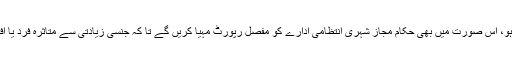
مینوئل میں بیان کیا گیا، ” کسی ایسے معاملے میں جہاں واضح قانونی ذمہ داری عائد نہ ہوتی ہو، اس صورت میں بھی حکام مجاز شہری انتظامی ادارے کو مفصل رپورٹ مہیا کریں گے تا کہ جنسی زیادتی سے متاثرہ فرد یا افراد کو زیادتی کرنے والے شخص کے مزید مجرمانہ افعال یا فعل سے محفوظ رکھا جا سکے۔